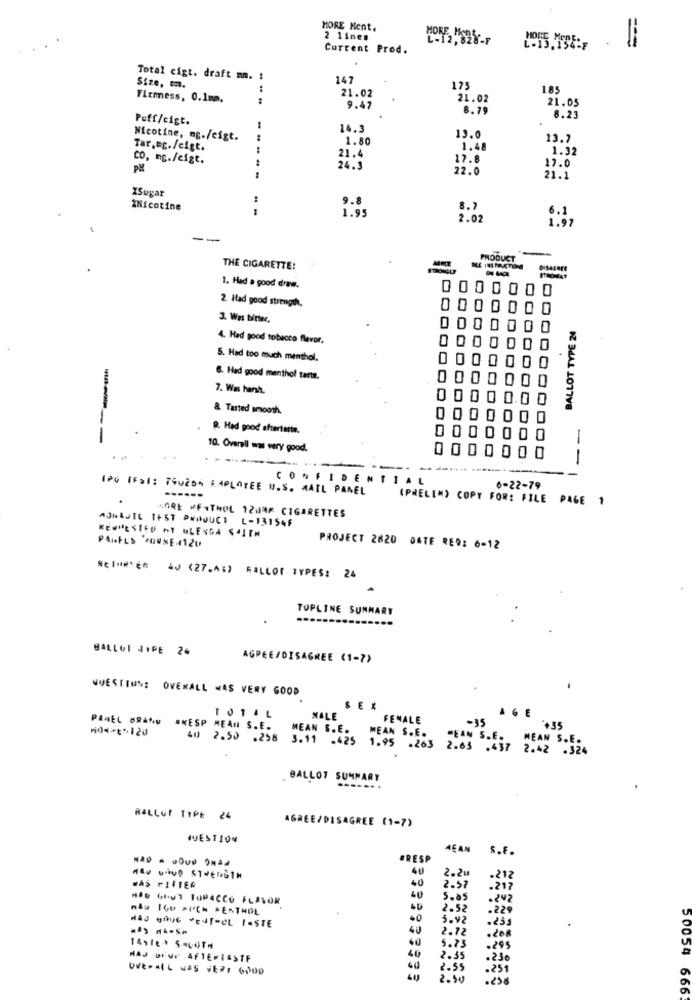
MORE Nent.
MORE, H
Current Prod.
L-13.154:F
Total cigt. draft mm. :
147
Size, m.
1
21.02
175
185
Fixmess, 0.1m.
:
21.02
21.05
9.47
8.79
Puff/cigt.
8.23
14.3
Nicotine, mg./cigt.
1.80
13.0
13.7
Tar.eg./cigt.
1.48
1.32
CO, mg./cigt.
21.4
17.8
17.0
PH
24.3
22.0
21.1
XSugar
*Nicotine
9.8
8.7
6.
2.02
1.97
--
-
PRODUCT
THE CIGARETTE:
1. Had a good draw.
0000000
2. Had good strength,
0000000
3. Was bitter.
BALLOT TYPE 24
4. Hed good tobacco flavor.
5. Had too much menthol.
0000000
6. Had good menthol tarte.
7. Was harsh.
0000000
0000000
& Tasted smooth.
0000000
9. Had good aftertaste.
----
0000000
10. Overall was very good.
0000000
--
CONFIDENTIAL
IPO IFSI: EGUZon EMPLOYEE U.S. MAIL PANEL
6-22-79
-----
(PRELIM) COPY FOR: FILE PAGE 1
WARE KENTHOL 12WRF CIGARETTES
AJNAJTE TEST PRODUCT L-13154F
PANELS '2OWNE4120
KEWMESIED AY GLENDA SAITH
PROJECT 2820 DATE RER: 6-12
RElowEn 40 (27.6%) FALLOF TYPES: 24
TOPLINE SUMMARY
BALLOT JIPE 24
AGPEE/DISAGREE (1-7)
QUESTIONE OVERALL WAS VERY GOOD
SEX
GE
TOTAL
NALE
FENALE
-35
PAVEL BRAND ANESP MEAN S.E.
404 ** 120
MEAN S.E.
MEAN S.E.
+35
40 2.50 .258
MEAN S.E.
MEAN S.E.
3.11 .425 1.95 .263
2.63 .437
2.42 .324
BALLOT SUMMARY
RALLOf TiPE 24
AGREE/DISAGREE (1-7)
QUESTION
MEAN S.F.
#RESP
40
2.20
Hey UND Strength
40
.212
WAS FIITEA
2.57
.217
#86 6697 TOPACCO FLAVOR
40
5.05
. 242
nau IGU PICH .ENTHOL
2.52
.229
·0
3.92
.233
40
2.72
40
5.73
.208
40
.295
MAJ DEWY AFTERTASTE
2.35
.230
60
2.55
251
40
2.50
.256
50054 666